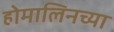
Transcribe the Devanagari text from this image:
होमालिनच्या